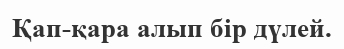
Қап-қара алып бір дүлей.